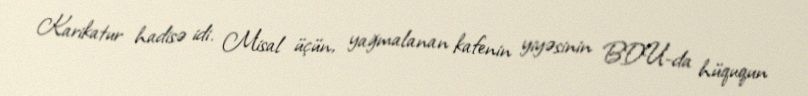
Karikatur hadisə idi. Misal üçün, yağmalanan kafenin yiyəsinin BDU-da hüququn